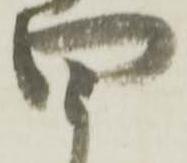
四